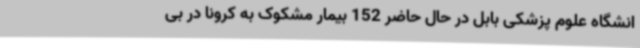
انشگاه علوم پزشکی بابل در حال حاضر 152 بیمار مشکوک به کرونا در بی